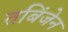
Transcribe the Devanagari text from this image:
तबिंजेन